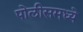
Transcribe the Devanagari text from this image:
पोलीसमध्ये